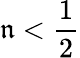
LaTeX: \mathfrak{n}<{\frac{{1}}{{2}}}